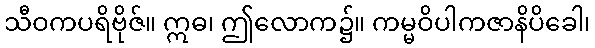
သီဝကပရိဗိုဇ်။ ဣဓ၊ ဤလောက၌။ ကမ္မဝိပါကဇာနိပိခေါ၊